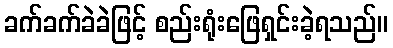
ခက်ခက်ခဲခဲဖြင့် စည်းရုံးဖြေရှင်းခဲ့ရသည်။